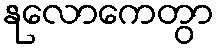
နုလောကေတွာ